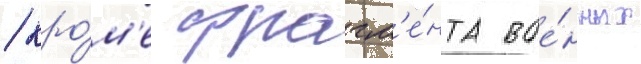
/ кро́м'е фрагм'е́нта вое́нных